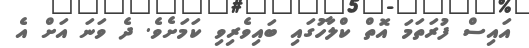
އައިސް ފުރަތަމަ އޮތް ކްލާހުގައި ބައިވެރިވި ކަމަށެވެ. ދެ ވަނަ އަށް އެ